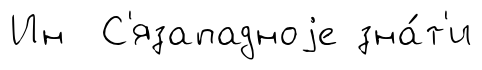
Ин С'язападноjе зна́т'и